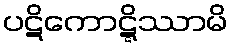
ပဋိကောဋ္ဋိဿာမိ